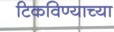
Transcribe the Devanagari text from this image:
टिकविण्याच्या